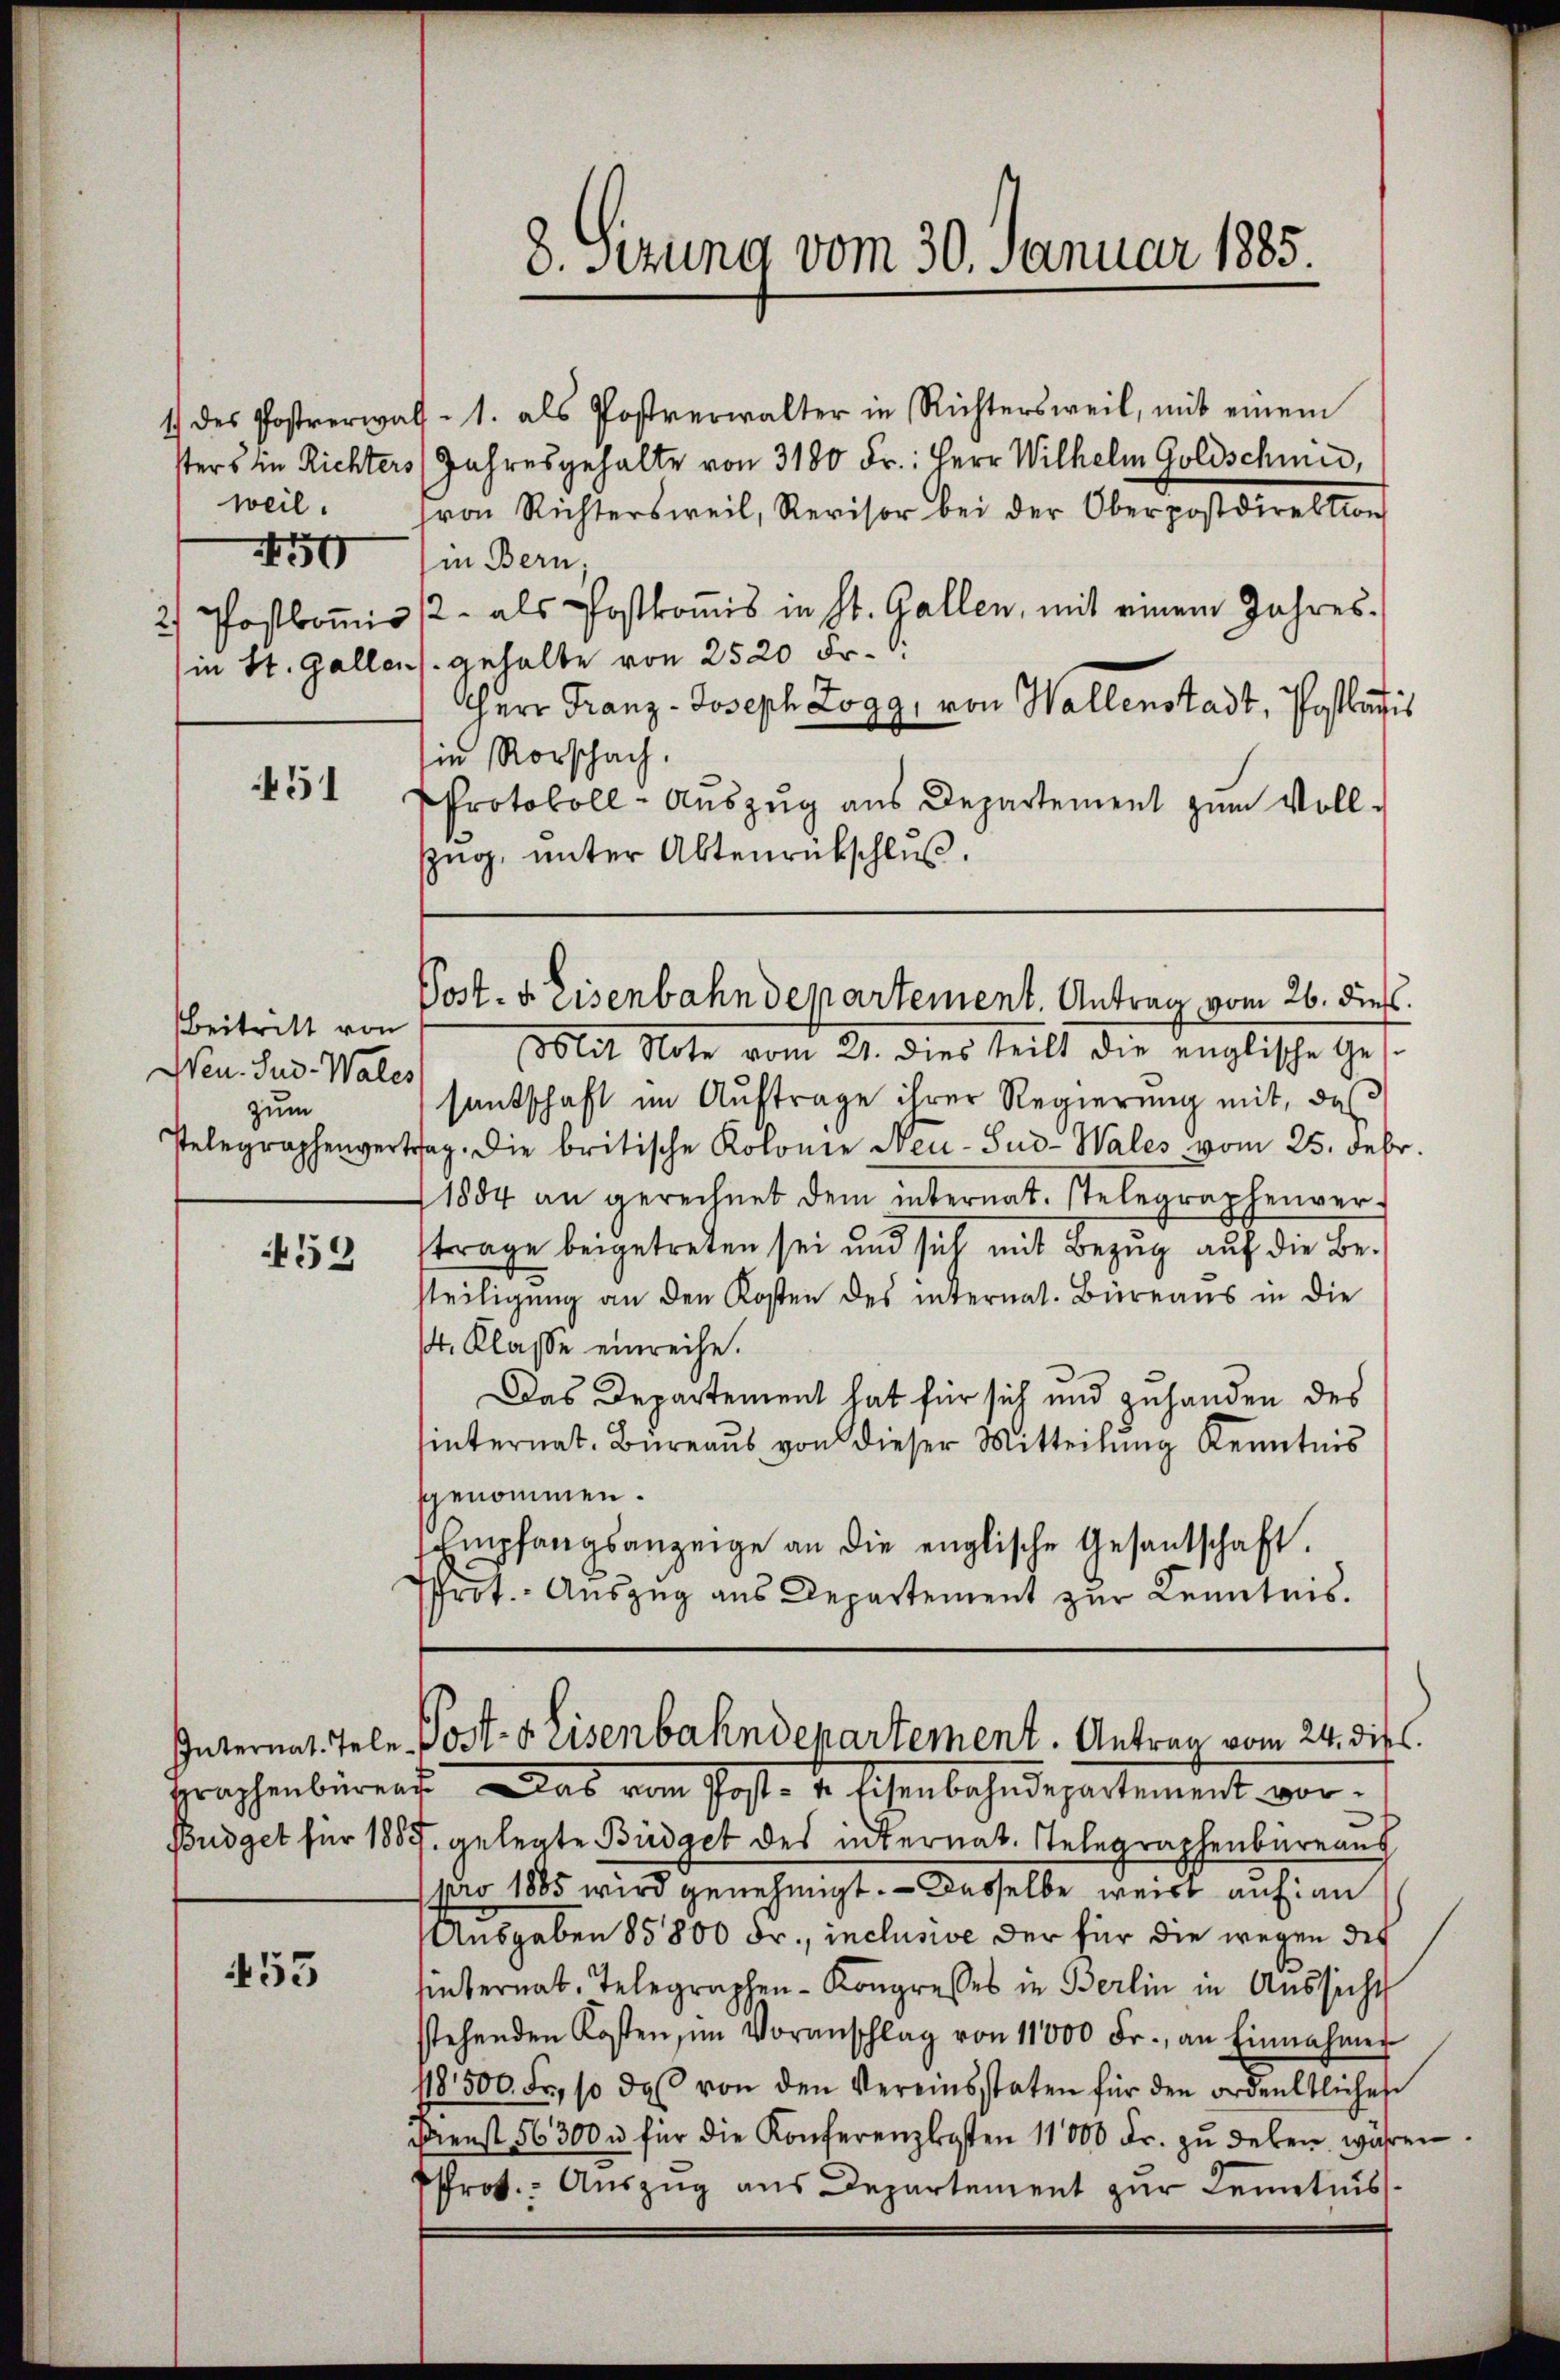
sters in Richters
weil.
2/ Postkom̅is
in St. Gallen

50

451

Beitritt von
Nen. Sud. Wales
zum
Telegraphenvertr

53

59

8. Sitzung vom 30. Januar 1885

1. des Postverwalt- 1. als Postverwalter in Richtersweil, mit einem
Jahresgehalte von 3180 Fr.: Herr Wilhelm Goldschmid,
(von Richtersweil, Revisor bei der Oberpostdirektion
(in Bern,
2. als Postkomis in St. Gallen, mit einem Jahresgehalte von 2520 Fr.
Herr Franz-Joseph Zogg, von Wallenstadt, Postklafis
in Rorschach.
Protokoll-Auszug aus Departement zum Vollzug, unter Aktenrückschluß.
blit Note vom 24. dies teilt die englische Ges.
santschaft im Auftrage ihrer Regierung mit, daß
sag. Die britische Kolonie Neu-Sud-Wales vom 25. Febr.
1884 an gerechnet dem internat. stelegraphenver-
trage beigetreten sei und sich mit Bezug auf die Besteiligung an den Kosten des internat. Büreaus in die
. Klasse einreihe.
Das Departement hat für sich und zuhanden des
hinternat. Büreaŭs von dieser Mitteilŭng Kenntnis
genommen.
empfangsanzeige an die englische Gesantschaft.
hrt. Auszug aus Departement zur Kenntnis.

Post- u. Eisenbahndepartement. Antrag vom 26. dieß.

Internat. Tele Post- & Eisenbahndepartement. Antrag vom 24. die
Graphenbüren. Das vom Post- u. Eisenbahndepartement vor¬

Büdget für 1857. gelegte Büdget des internat. Telegraphenbureaus
pro 1885 wird genehmigt. — Dasselbe weise auf an
Ausgaben 85800 Fr., inclusive der für die wegen des
hinternat. Telegraphen- Kongresses in Berlin in Aussicht
stehenden Kosten, im Voranschlag von 11000 Fr., an Einnahmer
118500. Fr., so daβ von den Vereinsstaten für den ordentliches
Dienst 56300 u. für die Konferenzlosten 11000 Fr. zŭ deben währen
Pfrot. Auszug aus Departement zur Kenntnis¬